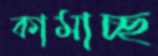
কামাচ্ছ